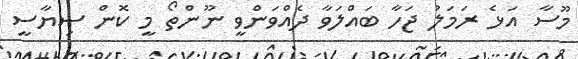
މޫސާ އަޅެ ރަމަލު ޖަހާ ބައްލަވާ ދެއްވަންވީ ނޫންތޯ މީ ކޮން ސިޔާސީ